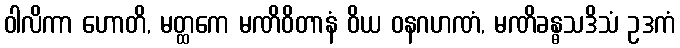
ဝါလိကာ ဟောတိ, မတ္ထကေ မဏိဝိတာနံ ဝိယ ဝနဂဟဏံ, မဏိခန္ဓသဒိသံ ဥဒကံ